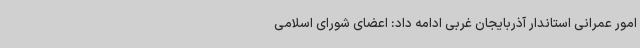
امور عمرانی استاندار آذربایجان غربی ادامه داد: اعضای شورای اسلامی